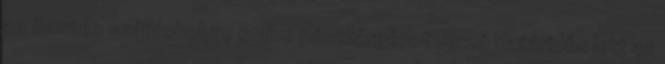
az összes szálláshelyre online pénztárgépet verzó Határidős lett az